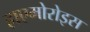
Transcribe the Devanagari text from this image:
हाएमोरोइस